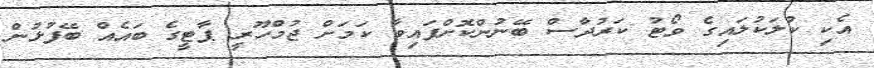
އެކި ކުލަކުލައިގެ ވޯޓު ކަރުދާސް ބޭނުންކޮށްފައިވާ ކަމަށް ޖުމްހޫރީ ޕާޓީގެ ބައެއް ބޭފުޅުން